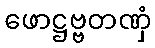
ဖောဋ္ဌဗ္ဗတဏှံ